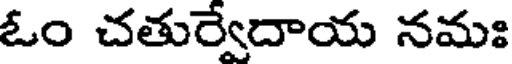
ఓం చతుర్వేదాయ నమః